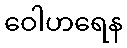
ဝေါဟရေန